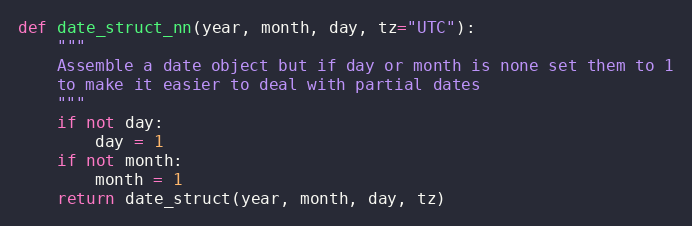
Language: Python
def date_struct_nn(year, month, day, tz="UTC"):
    """
    Assemble a date object but if day or month is none set them to 1
    to make it easier to deal with partial dates
    """
    if not day:
        day = 1
    if not month:
        month = 1
    return date_struct(year, month, day, tz)